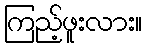
ကြည့်ဖူးလား။